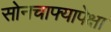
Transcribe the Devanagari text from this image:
सोनचाफ्यापेक्षा